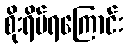
စိုးရိမ်ရကြောင်း